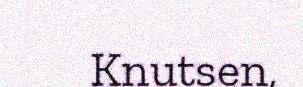
Knutsen,